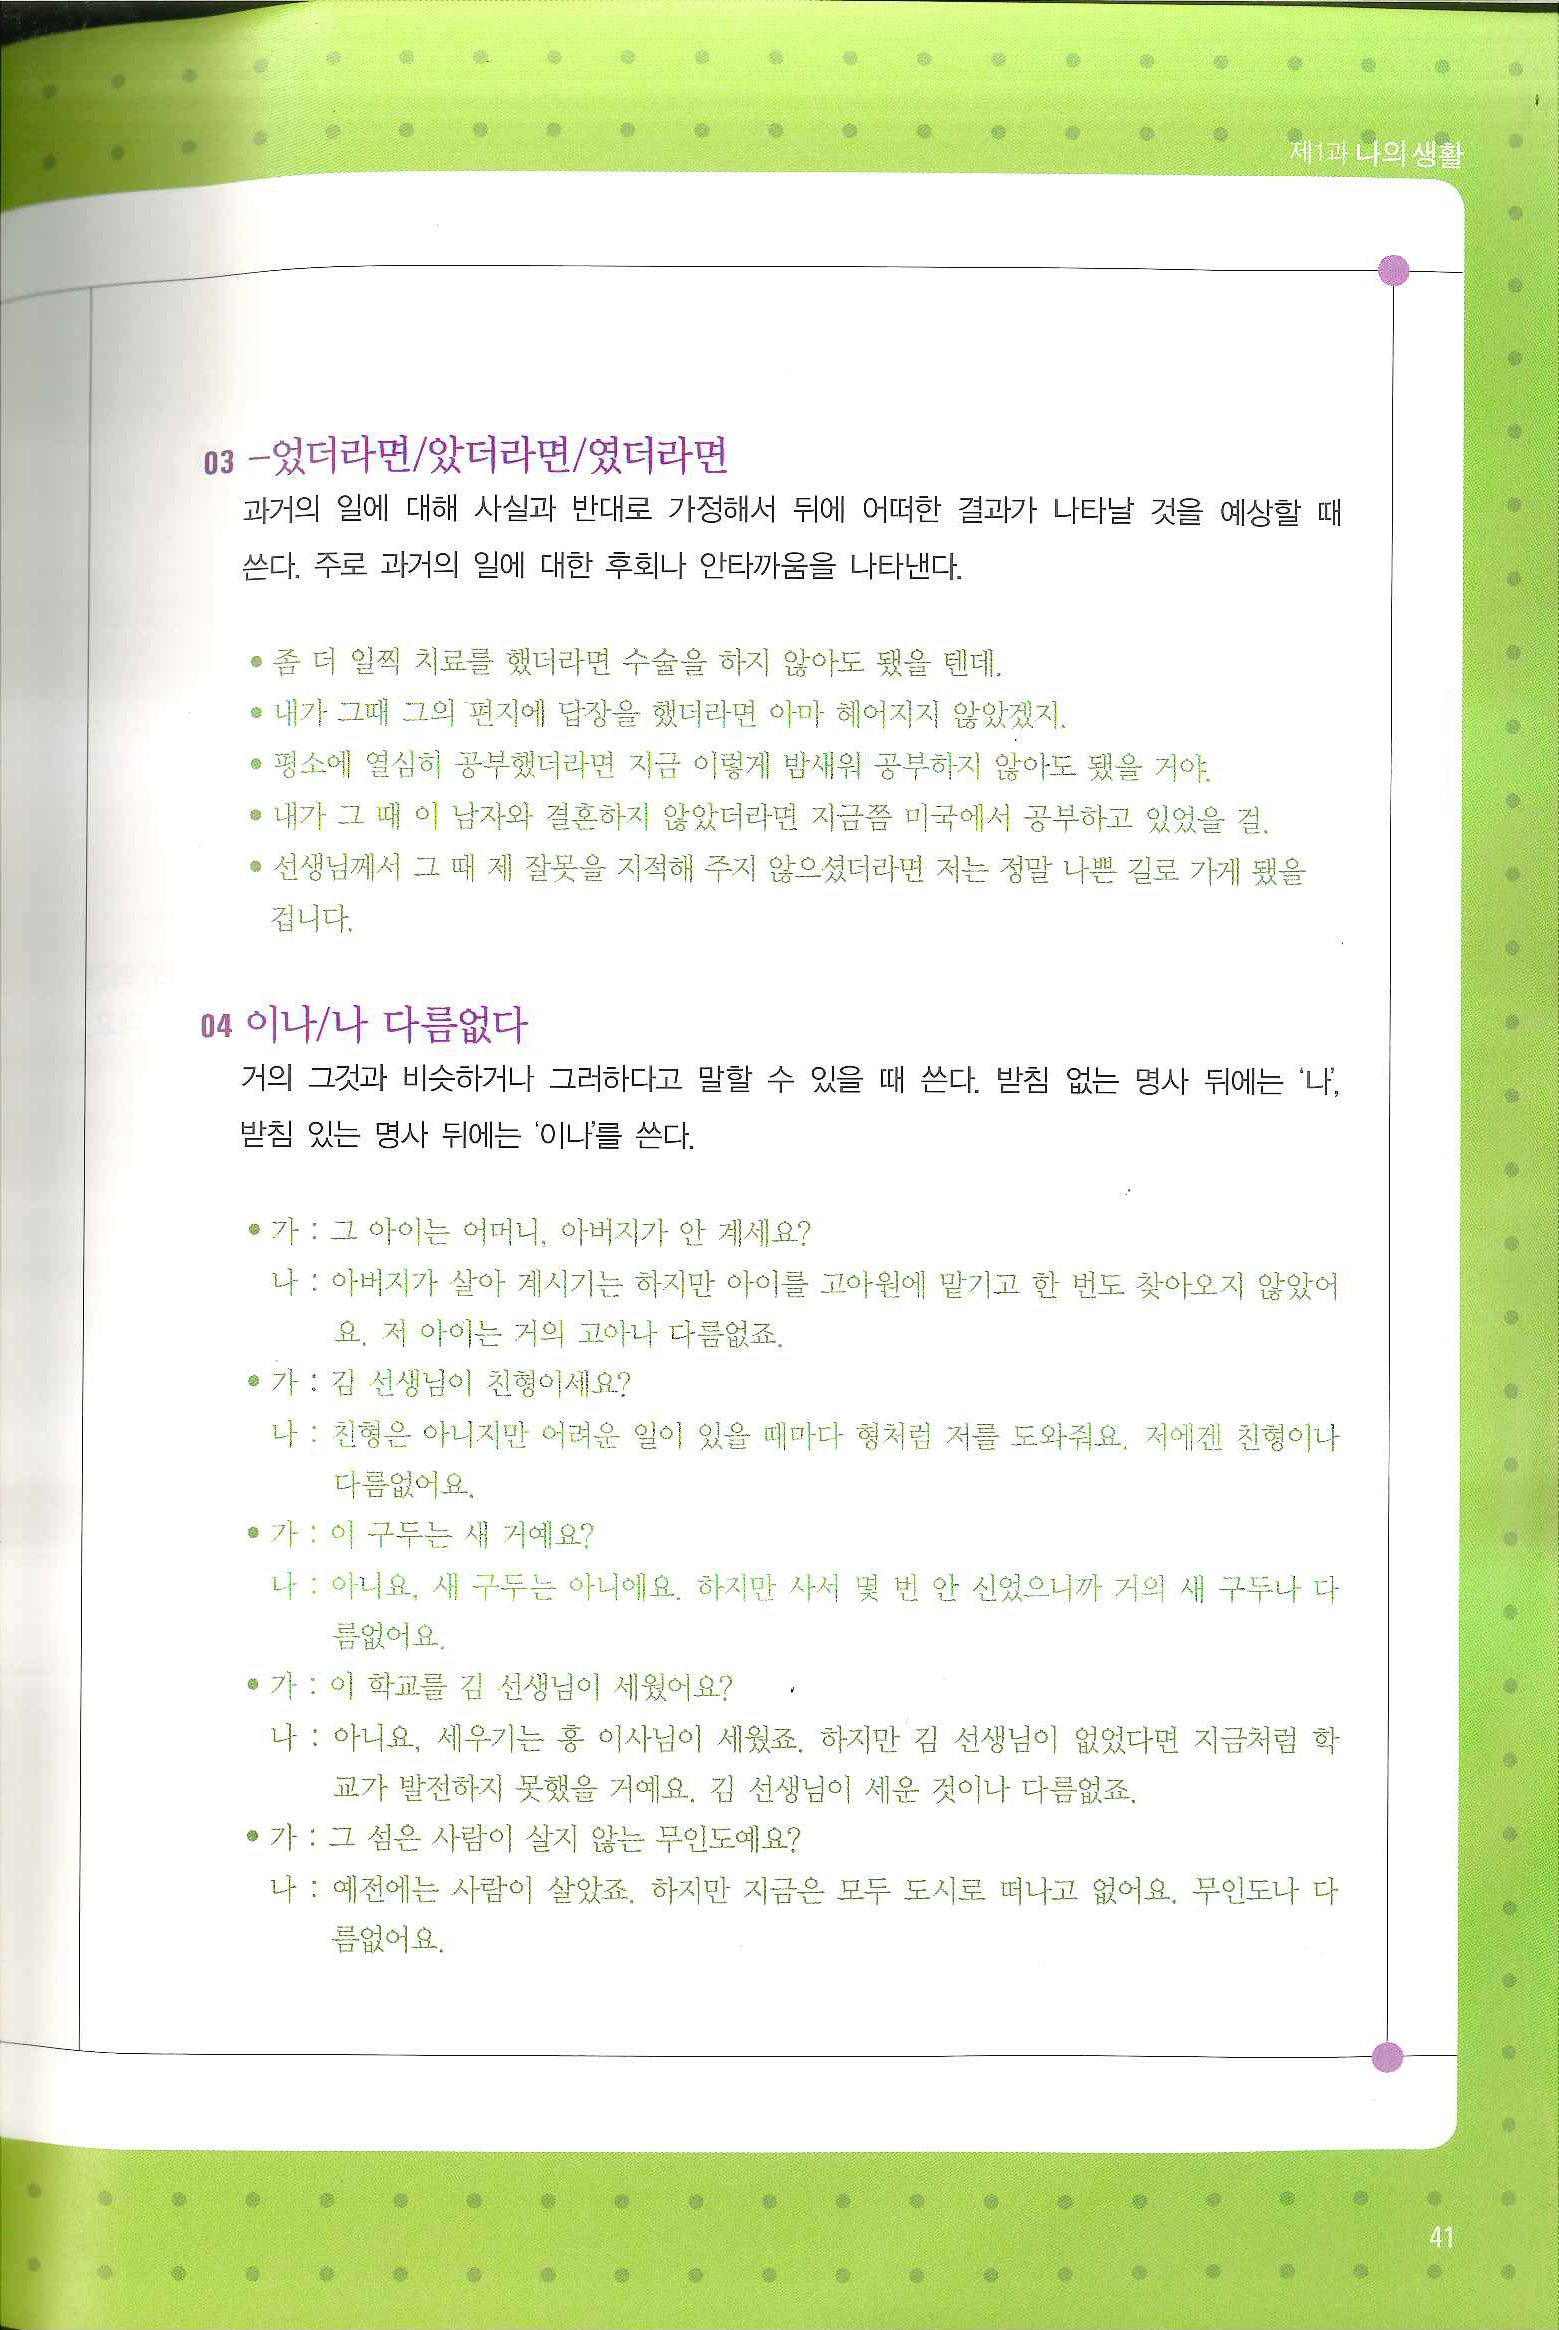
Language: ko